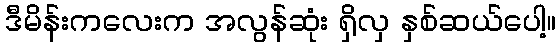
ဒီမိန်းကလေးက အလွန်ဆုံး ရှိလှ နှစ်ဆယ်ပေါ့။